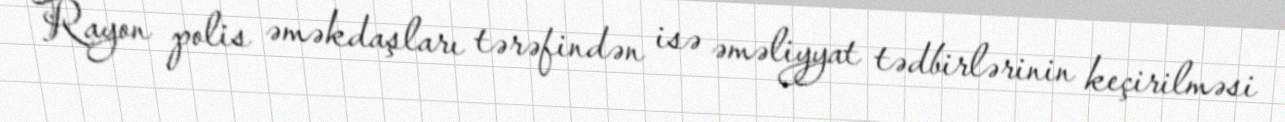
Rayon polis əməkdaşları tərəfindən isə əməliyyat tədbirlərinin keçirilməsi